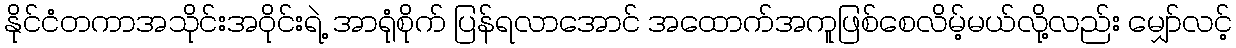
နိုင်ငံတကာအသိုင်းအဝိုင်းရဲ့ အာရုံစိုက် ပြန်ရလာအောင် အထောက်အကူဖြစ်စေလိမ့်မယ်လို့လည်း မျှော်လင့်